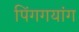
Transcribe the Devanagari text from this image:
पिंगगयांग